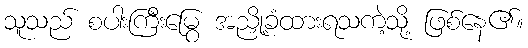
သူသည် စပါးကြီးမြွေ အညှို့ခံထားရသကဲ့သို့ ဖြစ်နေ၏။